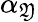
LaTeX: \alpha_{\mathfrak{Y}}